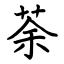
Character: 荼